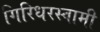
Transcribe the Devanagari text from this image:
गिरिधरस्वामी